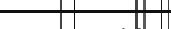
١